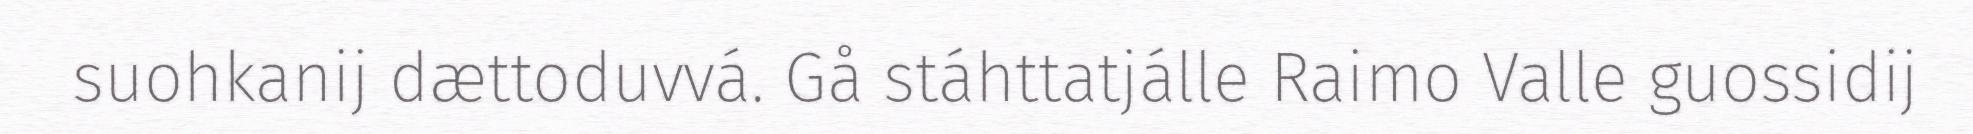
suohkanij dættoduvvá. Gå stáhttatjálle Raimo Valle guossidij